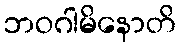
ဘဝဂါမိနောတိ